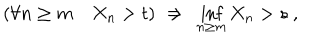
LaTeX: ( \forall n \ge m \quad X _ { n } > t ) \ \Rightarrow \ \inf _ { n \ge m } X _ { n } > s \ ,